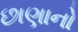
છાણાનો